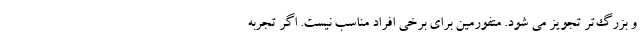
و بزرگ‌تر تجویز می شود. متفورمین برای برخی افراد مناسب نیست. اگر تجربه